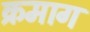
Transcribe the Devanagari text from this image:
क्रमाग